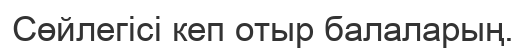
Сөйлегісі кеп отыр балаларың.